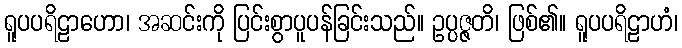
ရူပပရိဠာဟော၊ အဆင်းကို ပြင်းစွာပူပန်ခြင်းသည်။ ဥပ္ပဇ္ဇတိ၊ ဖြစ်၏။ ရူပပရိဠာဟံ၊